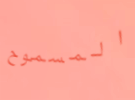
المسموح